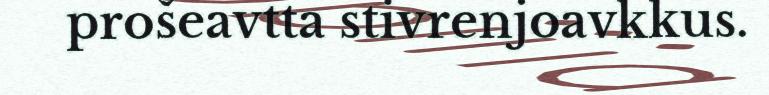
prošeavtta stivrenjoavkkus.